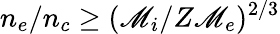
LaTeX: n_{e}/n_{c}\geq(\mathscr{M}_{i}/Z\mathscr{M}_{e})^{2/3}